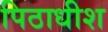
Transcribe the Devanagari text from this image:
पिठाधीश